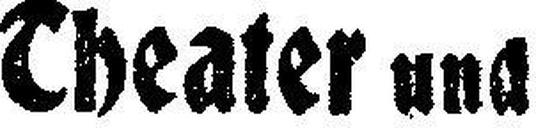
Theater und